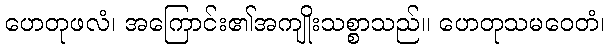
ဟေတုဖလံ၊ အကြောင်း၏အကျိုးသစ္စာသည်။ ဟေတုသမဝေတံ၊